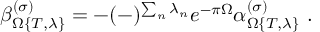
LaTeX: \beta _ { \Omega \{ T , \lambda \} } ^ { ( \sigma ) } = - ( - ) ^ { \sum _ { n } \lambda _ { n } } e ^ { - \pi \Omega } \alpha _ { \Omega \{ T , \lambda \} } ^ { ( \sigma ) } \ .